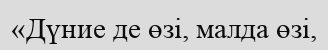
«Дүние де өзі, малда өзі,